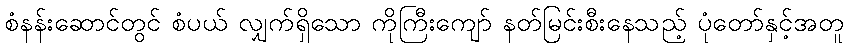
စံနန်းဆောင်တွင် စံပယ် လျှက်ရှိသော ကိုကြီးကျော် နတ်မြင်းစီးနေသည့် ပုံတော်နှင့်အတူ